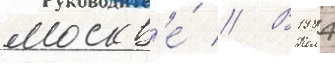
москв'е́ // В 1984